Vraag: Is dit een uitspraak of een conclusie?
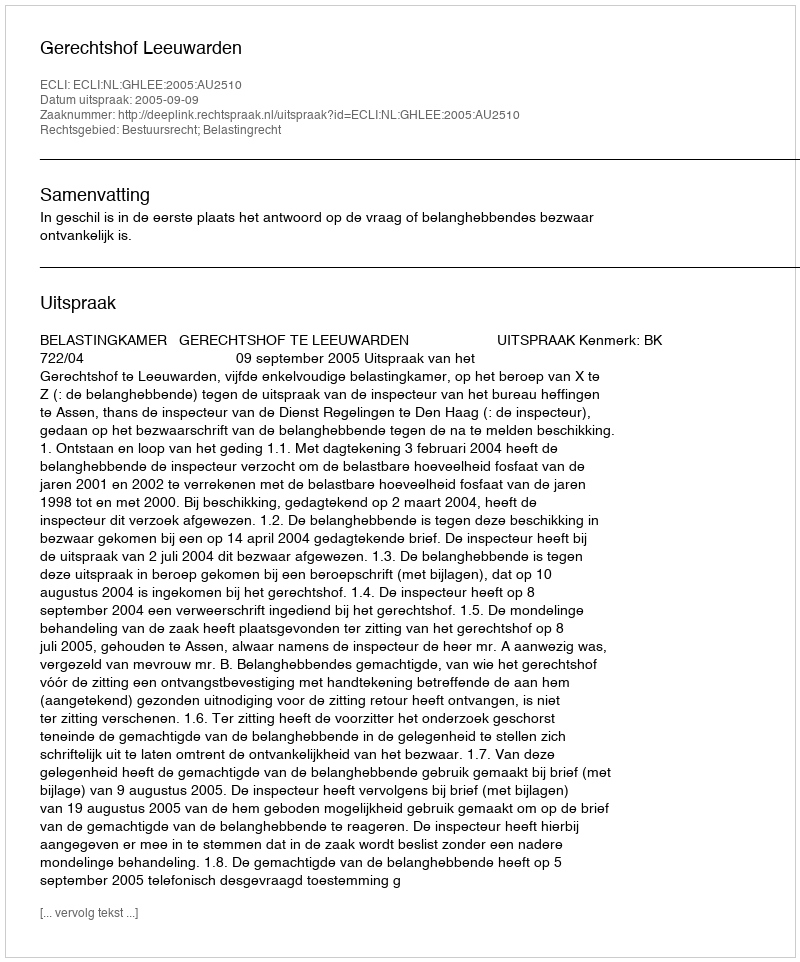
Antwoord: Uitspraak